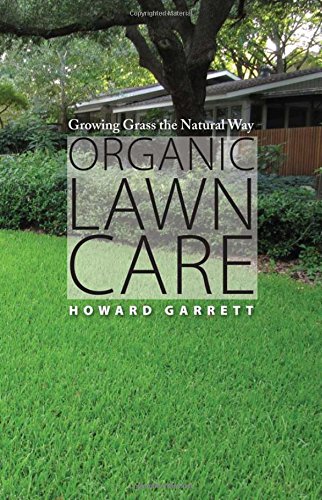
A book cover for Organic Lawn Care: Growing Grass the Natural Way; Howard Garrett; Crafts, Hobbies & Home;